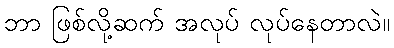
ဘာ ဖြစ်လို့ဆက် အလုပ် လုပ်နေတာလဲ။